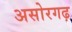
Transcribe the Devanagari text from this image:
असोरगढ़